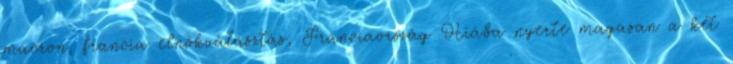
macron, francia elnökválasztás, Franciaország Hiába nyerte magasan a két